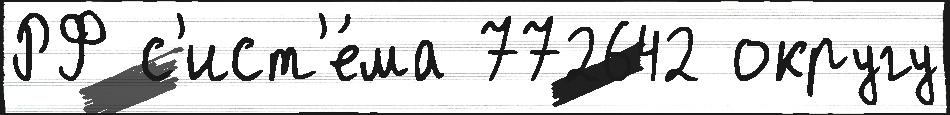
РФ с'ист'е́ма 772642 округу